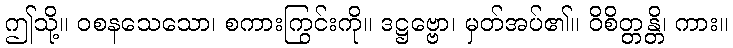
ဤသို့။ ဝစနသေသော၊ စကားကြွင်းကို။ ဒဋ္ဌဗ္ဗော၊ မှတ်အပ်၏။ ဝိစိတ္တန္တိ၊ ကား။